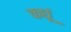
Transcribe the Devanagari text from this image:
कछूं